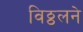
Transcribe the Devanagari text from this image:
विठ्ठलने